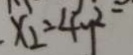
x _ { 2 } = 4 y ^ { 2 }